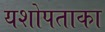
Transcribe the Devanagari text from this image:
यशोपताका